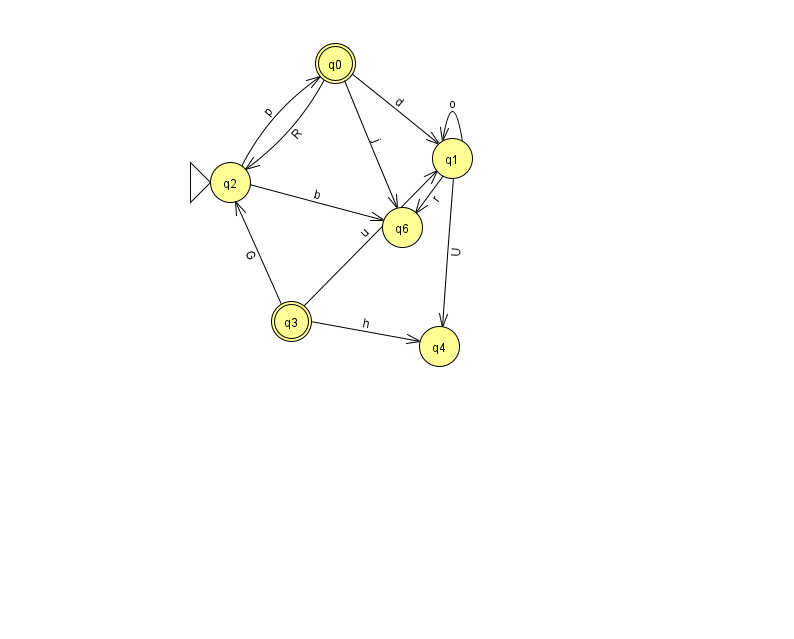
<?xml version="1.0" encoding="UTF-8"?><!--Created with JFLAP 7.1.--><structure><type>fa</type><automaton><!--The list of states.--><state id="0" name="q0"><x>335.0</x><y>50.0</y><final/></state><state id="1" name="q1"><x>452.0</x><y>145.0</y></state><state id="2" name="q2"><x>230.0</x><y>169.0</y><initial/></state><state id="3" name="q3"><x>291.0</x><y>308.0</y><final/></state><state id="4" name="q4"><x>439.0</x><y>333.0</y></state><state id="6" name="q6"><x>402.0</x><y>214.0</y></state><!--The list of transitions.--><transition><from>3</from><to>1</to><read>u</read></transition><transition><from>3</from><to>2</to><read>G</read></transition><transition><from>3</from><to>4</to><read>h</read></transition><transition><from>2</from><to>0</to><read>p</read></transition><transition><from>0</from><to>2</to><read>R</read></transition><transition><from>1</from><to>4</to><read>U</read></transition><transition><from>0</from><to>1</to><read>d</read></transition><transition><from>1</from><to>6</to><read>r</read></transition><transition><from>0</from><to>6</to><read>j</read></transition><transition><from>1</from><to>1</to><read>o</read></transition><transition><from>2</from><to>6</to><read>b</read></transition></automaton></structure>